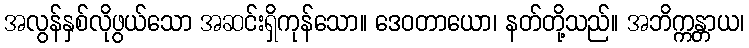
အလွန်နှစ်လိုဖွယ်သော အဆင်းရှိကုန်သော။ ဒေဝတာယော၊ နတ်တို့သည်။ အဘိက္ကန္တာယ၊